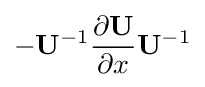
-\mathbf {U} ^{-1}{\frac {\partial \mathbf {U} }{\partial x}}\mathbf {U} ^{-1}